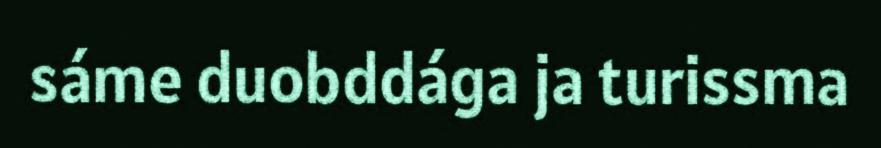
sáme duobddága ja turissma